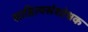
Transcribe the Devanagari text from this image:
साहित्यसंशोधक